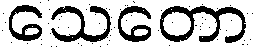
သေတော